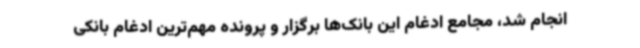
انجام شد، مجامع ادغام این بانک‌ها برگزار و پرونده مهم‌ترین ادغام بانکی